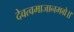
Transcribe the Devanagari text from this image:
देवत्वमाजानमग्रे॥